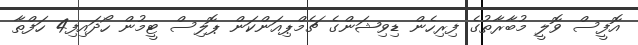
އޮފީސް ވޮލީ މުބާރާތުގެ ފިރިހެން ޑިވިޝަންގެ ޗެމްޕިއަންކަން ޕޮލިސް ޓީމުން ހޯދައިފި4 ހަފްތާ